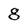
Character: 8